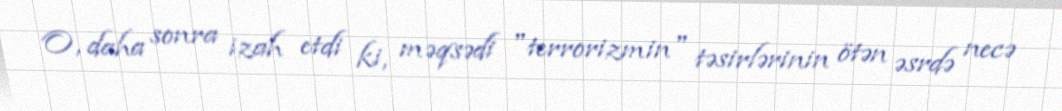
O, daha sonra izah etdi ki, məqsədi "terrorizmin" təsirlərinin ötən əsrdə necə